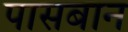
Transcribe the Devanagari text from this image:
पासबान